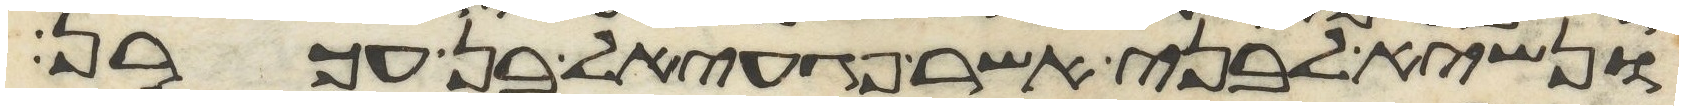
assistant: ונשיא לבני אשר פגעאל בן עכרן